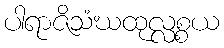
ပါရာဇိသံဃထုလ္လစ္စယ